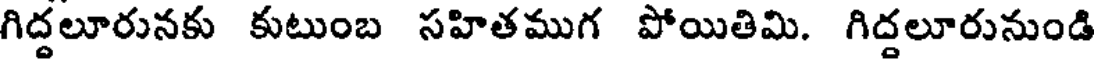
గిద్దలూరునకు కుటుంబ సహితముగ పోయితిమి. గిద్దలూరునుండి